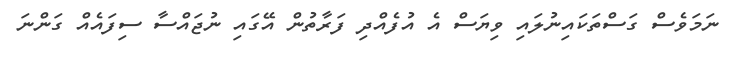
ނަމަވެސް ގަސްތަކައިނުލައި ވިޔަސް އެ އުފެއްދި ފަރާތުން އޭގައި ނުޖައްސާ ސިފައެއް ގަންނަ